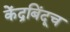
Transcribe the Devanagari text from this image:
केंद्रबिंदूच